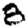
Digit: 8